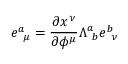
e _ { ~ \mu } ^ { a } = { \frac { \partial x ^ { \nu } } { \partial \phi ^ { \mu } } } \Lambda _ { ~ b } ^ { a } e _ { ~ \nu } ^ { b }